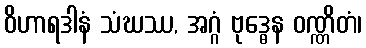
ဝိဟာရဒါနံ သံဃဿ, အဂ္ဂံ ဗုဒ္ဓေန ဝဏ္ဏိတံ၊